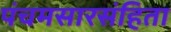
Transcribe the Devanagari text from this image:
पंचमसारसंहिता